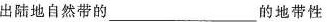
出陆地自然带的___的地带性